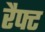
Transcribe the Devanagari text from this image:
रैफ्ट